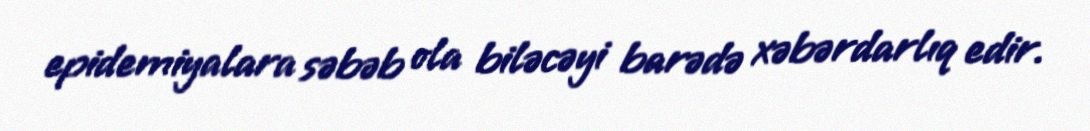
epidemiyalara səbəb ola biləcəyi barədə xəbərdarlıq edir.